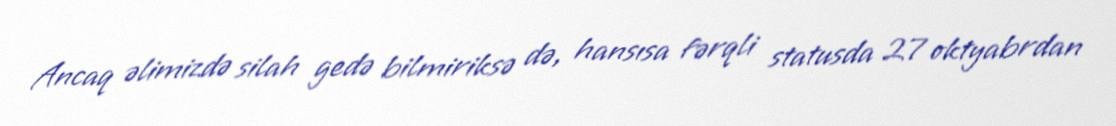
Ancaq əlimizdə silah gedə bilmiriksə də, hansısa fərqli statusda 27 oktyabrdan